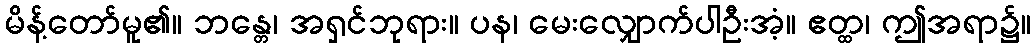
မိန့်တော်မူ၏။ ဘန္တေ၊ အရှင်ဘုရား။ ပန၊ မေးလျှောက်ပါဦးအံ့။ ဧတ္ထ၊ ဤအရာ၌။